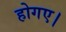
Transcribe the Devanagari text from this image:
होगए।